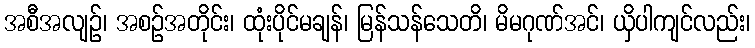
အစီအလျဉ်၊ အစဉ်အတိုင်း၊ ထုံးပိုင်မချန်၊ မြန်သန်သေတိ၊ မိမဂုဏ်အင်၊ ယှိပါကျင်လည်း၊